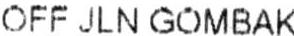
OFF JLN GOMBAK